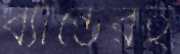
ব্যান্ডেরই